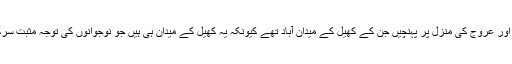
صدر مملکت نے کہا کہ تاریخ گواہ ہے کہ زندگی کے مختلف شعبوں میں وہی قومیں ترقی اور عروج کی منزل پر پہنچیں جن کے کھیل کے میدان آباد تھے کیونکہ یہ کھیل کے میدان ہی ہیں جو نوجوانوں کی توجہ مثبت سرگرمیوں کی طرف مبذول کروا کے ان کی صلاحیتوں کو نکھارتے اور پروان چڑھاتے ہیں ۔